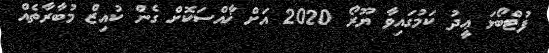
ފުޓްބޯޅަ ޢީދު ކަމުގައިވާ ޔޫރޯ 2020 އަށް ޚާއްސަކޮށް ގެން ކުއިޒް މުުބާރާތެއް